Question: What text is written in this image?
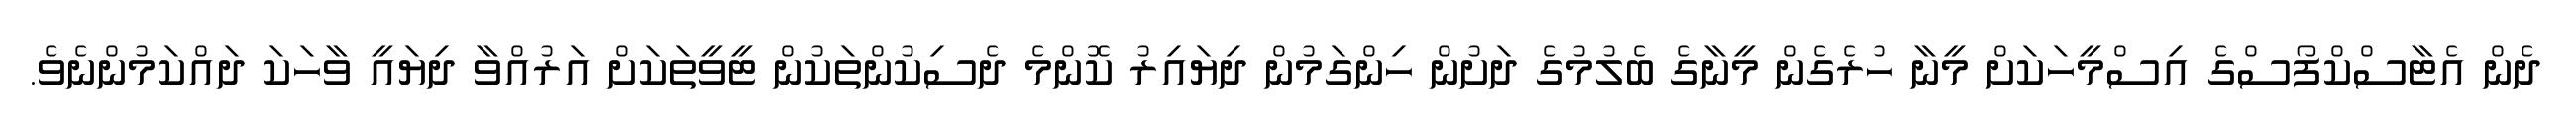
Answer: ދެން އެޓާސްކްފޯސްގެ އިސްމީހަކަށް މީނާ ހުރެގެން މީނާގެ ބެލުމުގެ ދަށުން ހިންގަމުން ދިޔައިރު ކޮންމެ ދެސިކުންތަކުން ޓީވީތަކަށް އަރުއްވާ ދިޔައީ ވާހަކަ ދައްކަމުންނެވެ.